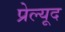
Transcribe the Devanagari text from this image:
प्रेल्यूद